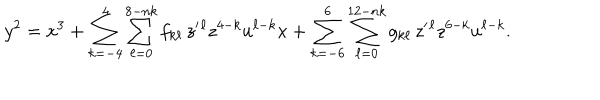
y ^ { 2 } = x ^ { 3 } + \sum _ { k = - 4 } ^ { 4 } \sum _ { \ell = 0 } ^ { 8 - n k } f _ { k \ell } \, z ^ { \prime } { } ^ { \ell } z ^ { 4 - k } u ^ { \ell - k } x + \sum _ { k = - 6 } ^ { 6 } \sum _ { \ell = 0 } ^ { 1 2 - n k } g _ { k \ell } \, z ^ { \prime } { } ^ { \ell } z ^ { 6 - k } u ^ { \ell - k } .